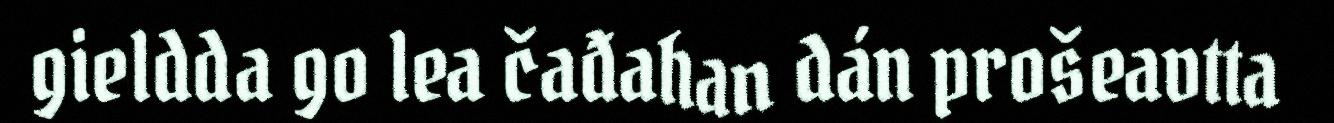
gieldda go lea čađahan dán prošeavtta